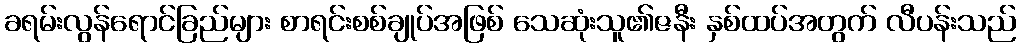
ခရမ်းလွန်ရောင်ခြည်များ စာရင်းစစ်ချုပ်အဖြစ် သေဆုံးသူ၏ဇနီး နှစ်ထပ်အတွက် လီပန်းသည်